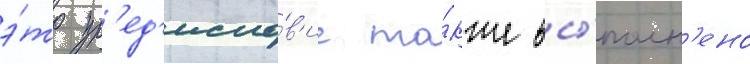
э́то пр'ед'исло́в'ие та́кже вы́полн'ено